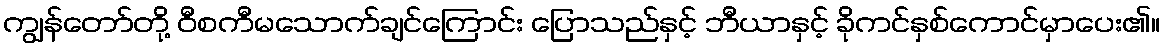
ကျွန်တော်တို့ ဝီစကီမသောက်ချင်ကြောင်း ပြောသည်နှင့် ဘီယာနှင့် ခိုကင်နှစ်ကောင်မှာပေး၏။